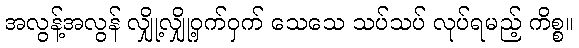
အလွန့်အလွန် လျှို့လျှို့ဝှက်ဝှက် သေသေ သပ်သပ် လုပ်ရမည့် ကိစ္စ။